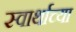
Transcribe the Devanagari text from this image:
स्वार्थाच्या